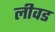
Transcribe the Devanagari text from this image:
लीवड